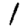
Digit: 1